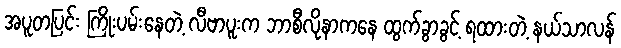
အပူတပြင်း ကြိုးပမ်းနေတဲ့ လီဗာပူးက ဘာစီလိုနာကနေ ထွက်ခွာခွင့် ရထားတဲ့ နယ်သာလန်